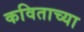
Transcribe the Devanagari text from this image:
कविताच्या